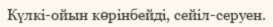
Күлкі-ойын көрінбейді, сейіл-серуен.